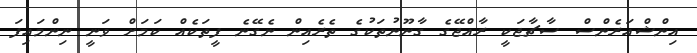
އިންޝްއަރެންސް ސާޗާޖަކީ ރާއްޖޭގެ ގާނޫނުތަކުގެ ތެރެއިން ނެގޭނެ ފީތަކެއް ކަމަށް ވަނީ ނިންމައިފަ